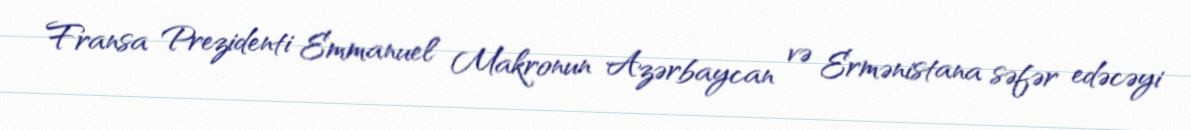
Fransa Prezidenti Emmanuel Makronun Azərbaycan və Ermənistana səfər edəcəyi